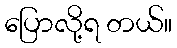
ပြောလို့ရ တယ်။